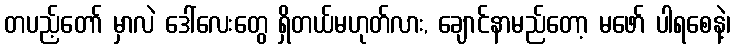
တပည့်တော် မှာလဲ ဒေါ်လေးတွေ ရှိတယ်မဟုတ်လား, ချောင်နာမည်တော့ မဖော် ပါရစေနဲ့၊